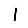
Digit: 1